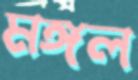
মঙ্গল